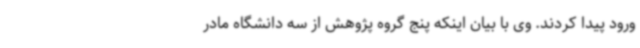
ورود پیدا کردند. وی با بیان اینکه پنج گروه پژوهش از سه دانشگاه مادر